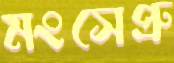
মংসেপ্রু